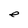
Character: e